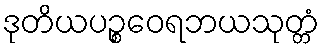
ဒုတိယပဉ္စဝေရဘယသုတ္တံ